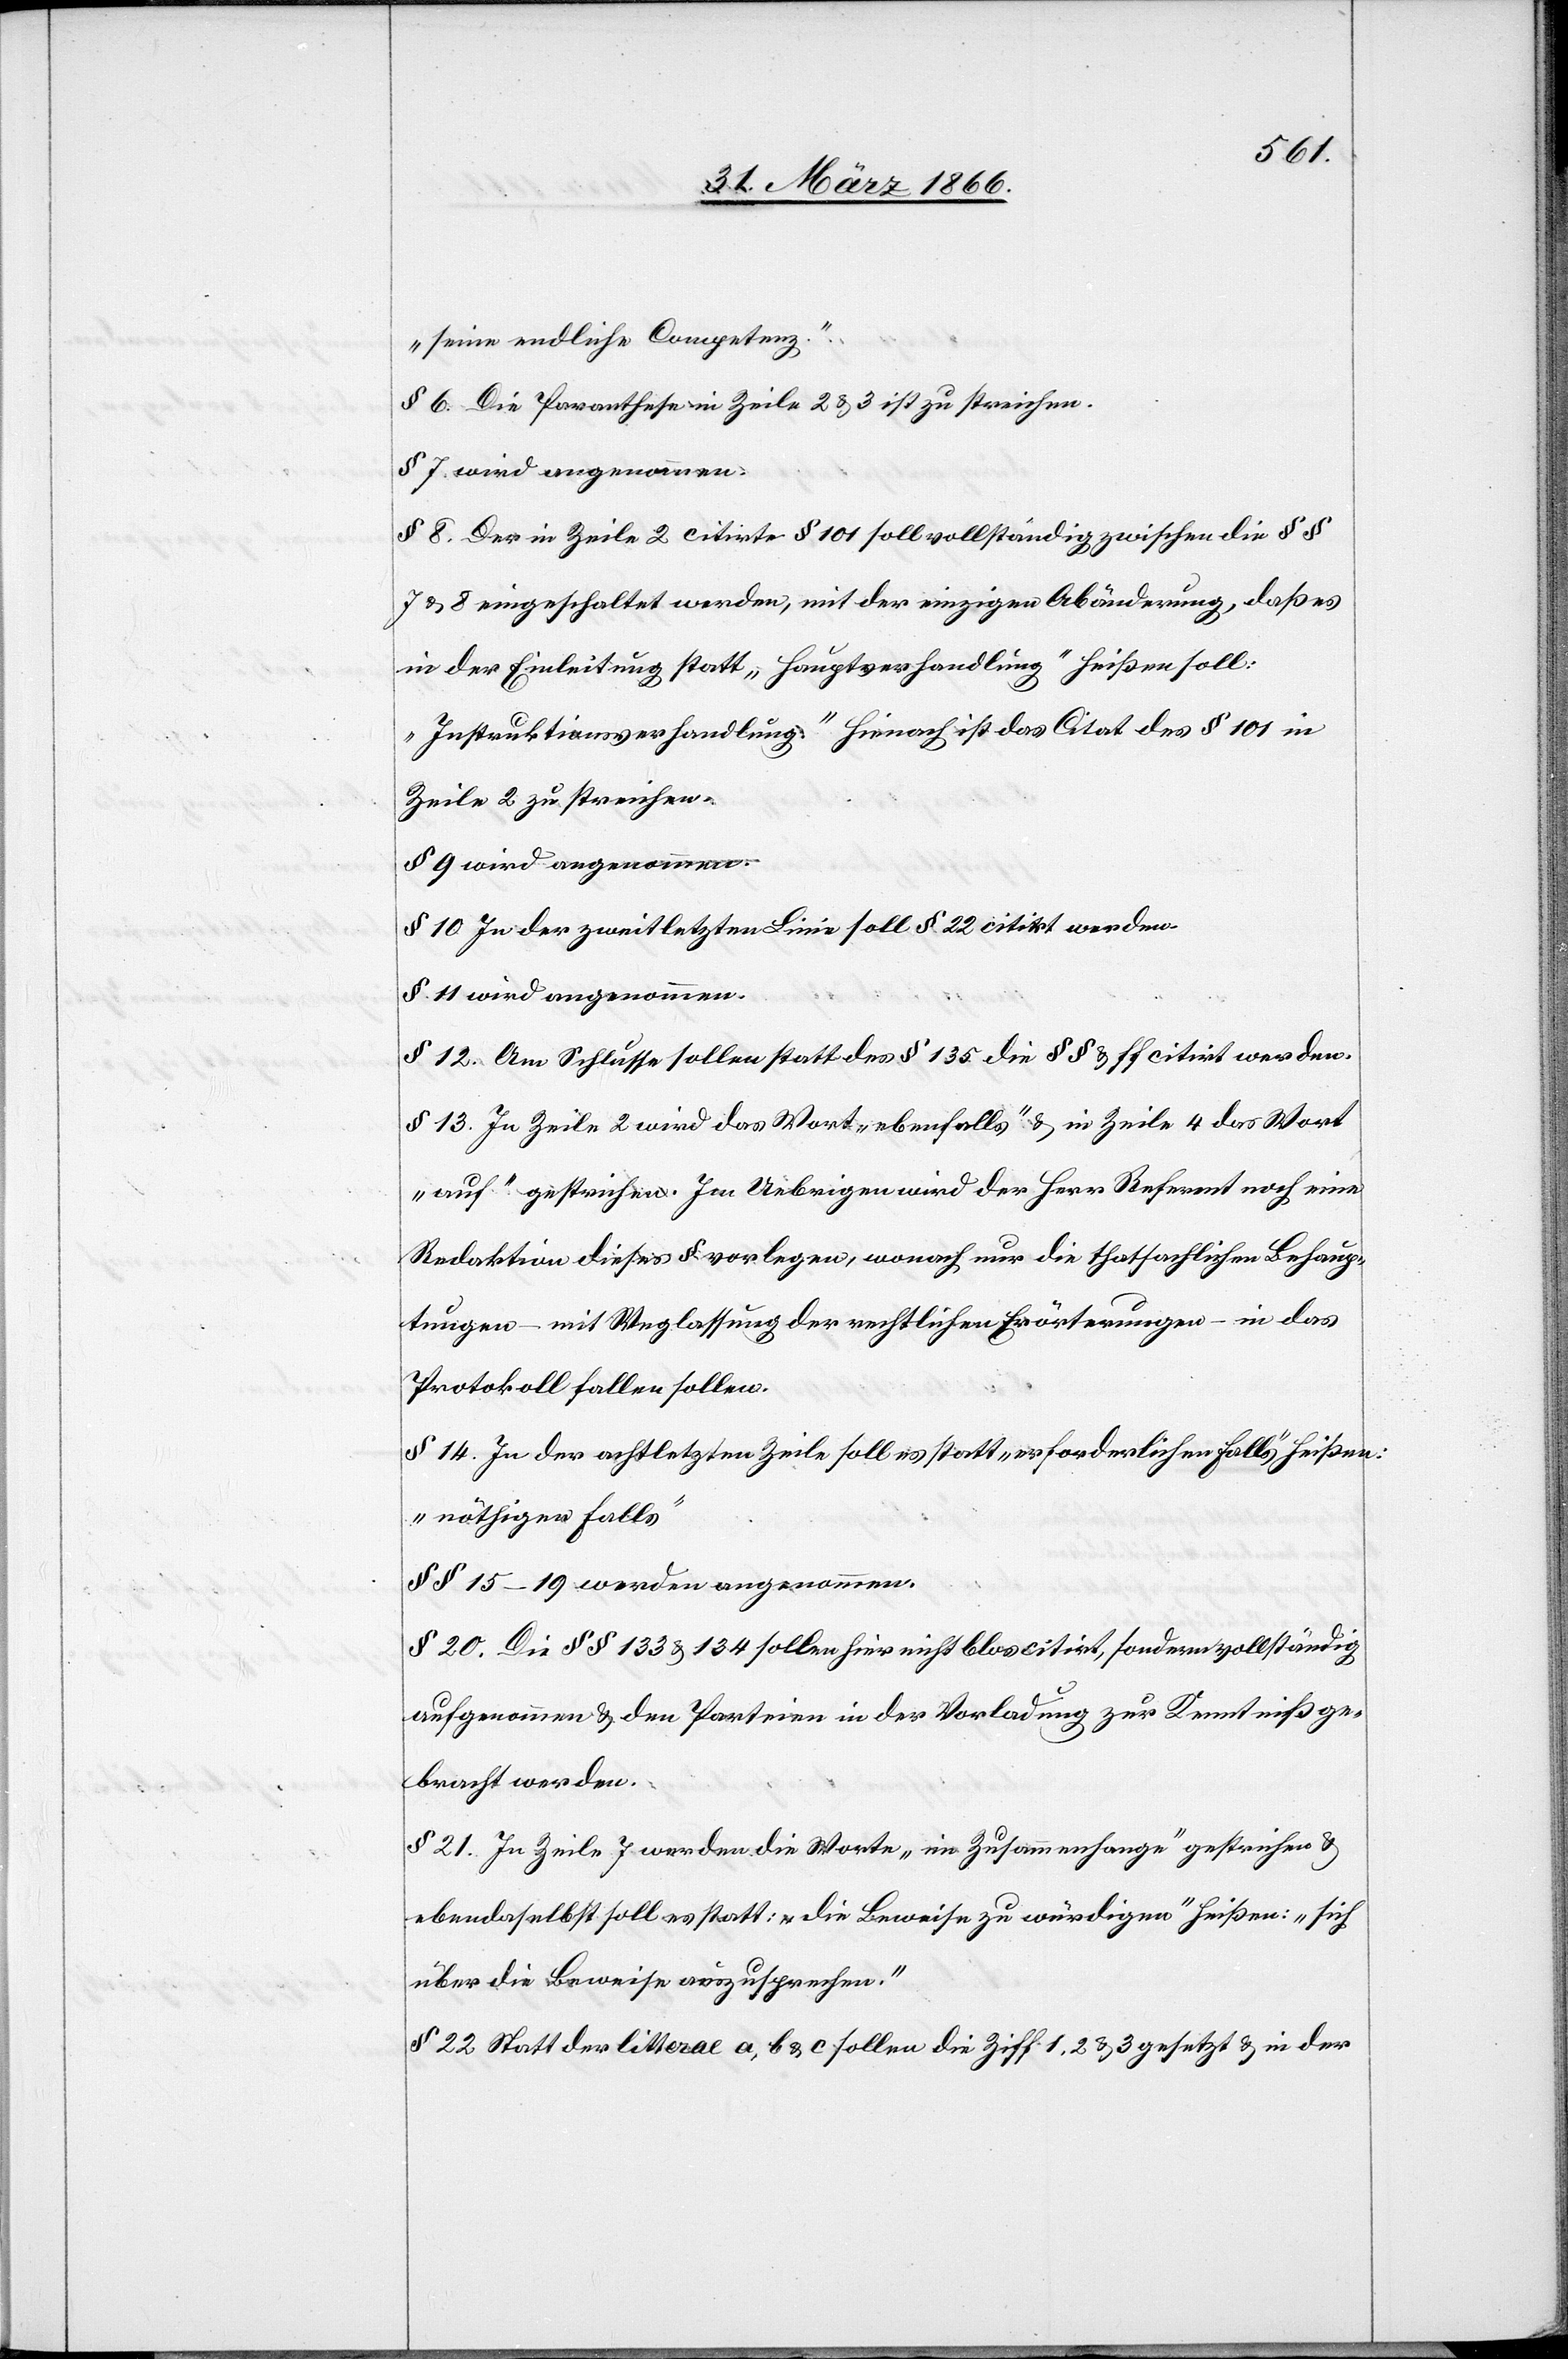
„seine endliche Competenz.“
§ 6. Die Parenthese in Zeile 2 u. 3 ist zu streichen.
§ 7. wird angenommen.
§ 8. Der in Zeile 2 citirte § 101 soll vollständig zwischen die § §
7 u. 8. eingeschaltet werden, mit der einzigen Abänderung, daß es
in der Einleitung statt „Hauptverhandlung“ heißen soll:
„Instruktionsverhandlung“ hienach ist das Citat des § 101 in
Zeile 2 zu streichen.
§ 9 wird angenommen.
§ 10. In der zweitletzten Linie soll § 22 citirt werden.
§ 11. wird angenommen.
§ 12. Am Schlusse sollen statt des § 135 die § § … u. ff citirt werden.
§ 13. In Zeile 2 wird das Wort „ebenfalls“ u. in Zeile 4 das Wort
„auf“ gestrichen. Im Uebrigen wird der Herr Referent noch eine
Redaktion dieses § vorlegen, wonach nur die thatsachlichen Behaup¬
tungen – mit Weglassung der rechtlichen Erörterungen – in das
Protokoll fallen sollen.
§ 14. In der achtletzten Zeile soll es statt „erforderlichen Falls“ heißen:
„nöthigen Falls“
§ § 15–19 werden angenommen.
§ 20. Die § § 133 u. 134 sollen hier nicht blos citirt, sondern vollständig
aufgenommen u. den Parteien in der Vorladung zur Kenntniß ge¬
bracht werden.
§ 21. In Zeile 7 werden die Worte „im Zusammenhange“ gestrichen u.
ebendaselbst soll es statt : „die Beweise zu würdigen“ heißen: „sich
über die Beweise auszusprechen.“
§ 22 Statt der litterae a, b u. c sollen die Ziff 1, 2 u. 3 gesetzt u. in der